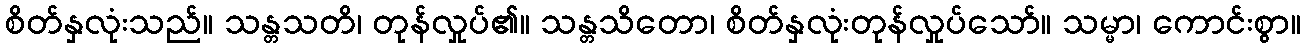
စိတ်နှလုံးသည်။ သန္တသတိ၊ တုန်လှုပ်၏။ သန္တသိတော၊ စိတ်နှလုံးတုန်လှုပ်သော်။ သမ္မာ၊ ကောင်းစွာ။